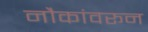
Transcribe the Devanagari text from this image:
नौकांवरून